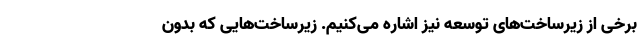
برخی از زیرساخت‌های توسعه نیز اشاره می‌کنیم. زیرساخت‌هایی که بدون